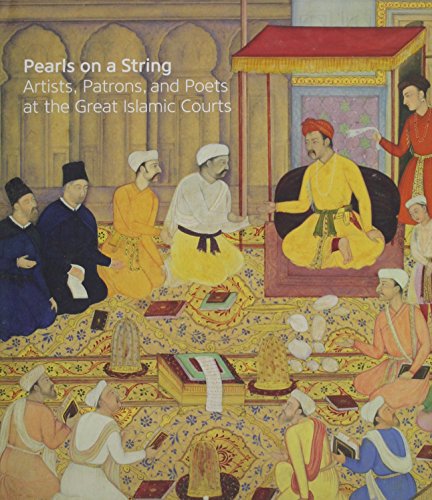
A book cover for Pearls on a String: Art in the Age of Great Islamic Empires; Religion & Spirituality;